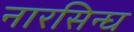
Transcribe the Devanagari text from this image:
नारसिन्घ